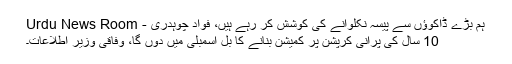
ہم بڑے ڈاکوؤں سے پیسہ نکلوانے کی کوشش کر رہے ہیں، فواد چوہدری - Urdu News Room
10 سال کی پرانی کرپشن پر کمیشن بنانے کا بل اسمبلی میں دوں گا، وفاقی وزیر اطلاعات۔